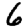
Digit: 6